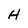
Character: H